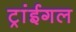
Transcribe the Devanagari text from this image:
ट्रांईगल